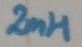
Text: 2mH